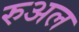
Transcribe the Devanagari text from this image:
रुअल